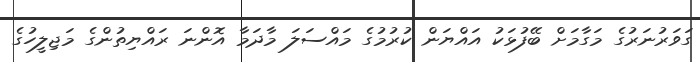
ގަވަރުނަރުގެ މަގާމަށް ބޭފުޅަކު އައްޔަން ކުރުމުގެ މައްސަލަ މާދަމާ އޮންނަ ރައްޔިތުންގެ މަޖިލީހުގެ